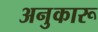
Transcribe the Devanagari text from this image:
अनुकारू